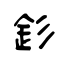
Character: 釤